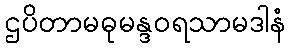
ဌပိတာမဓုမန္ဒဝရသာမဒါနံ